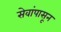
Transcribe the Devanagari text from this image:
सेवांपासून